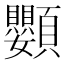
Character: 𩖍